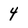
Character: 4